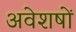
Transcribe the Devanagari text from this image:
अवेशषों